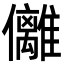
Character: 㒧